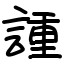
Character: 諥